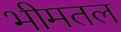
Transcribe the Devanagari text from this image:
भीमतल